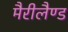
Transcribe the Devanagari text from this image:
मैरीलैण्ड